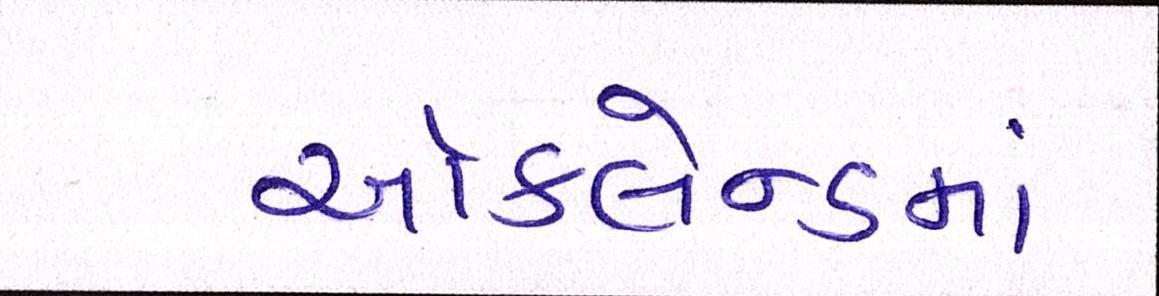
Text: ઑકલેન્ડમાં